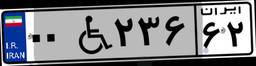
۰۰W۷۲۸۳۰